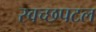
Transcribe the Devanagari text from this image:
स्वच्छपटल